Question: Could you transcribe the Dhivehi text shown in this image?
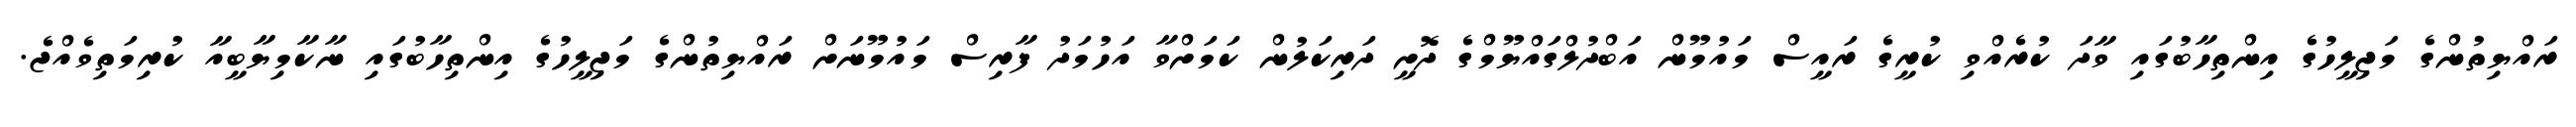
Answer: ރައްޔިތުންގެ މަޖިލީހުގެ އިންތިހާބުގައި ވާދަ ކުރެއްވި ކުރީގެ ރައީސް މައުމޫން އަބްދުލްގައްޔޫމްގެ ދޮށީ ދަރިކަލުން ކަމަށްވާ އަހުމަދު ފާރިސް މައުމޫނަށް ރައްޔިތުންގެ މަޖިލީހުގެ އިންތިހާބުގައި ނާކާމިޔާބީއާ ކުރިމަތިވެއްޖެ.